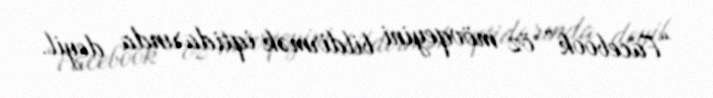
“Facebook” öz mövqeyini bildirmək iqtidarında deyil.